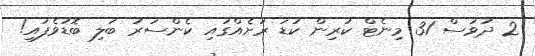
2 ދުވަސް 31 މިނެޓް ކުރިން ކުޑަ ރަށެއްގައި ކެންސަރު ބަލި ބޮޑުވެފައި!